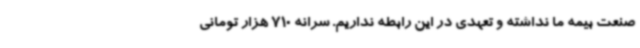
صنعت بیمه ما نداشته و تعهدی در این رابطه نداریم. سرانه 710 هزار تومانی